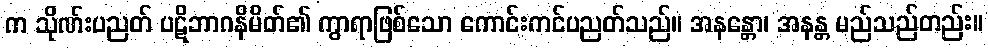
က သိုဏ်းပညတ် ပဋိဘာဂနိမိတ်၏ ကွာရာဖြစ်သော ကောင်းကင်ပညတ်သည်။ အနန္တော၊ အနန္တ မည်သည်တည်း။